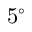
5 ^ { \circ }